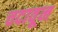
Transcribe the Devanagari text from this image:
चदावून